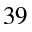
^ { 3 9 }